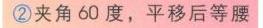
\textcircled{2}夹角 \(60^{\circ}\)，平移后等腰